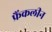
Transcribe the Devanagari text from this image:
फ्रैंकलीन